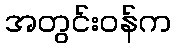
အတွင်းဝန်က